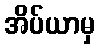
အိပ်ယာမှ